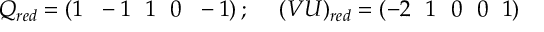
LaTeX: Q _ { r e d } = \left( 1 ~ ~ - 1 ~ ~ 1 ~ ~ 0 ~ ~ - 1 \right) ; ~ ~ ~ ~ ( V U ) _ { r e d } = \left( - 2 ~ ~ 1 ~ ~ 0 ~ ~ 0 ~ ~ 1 \right)